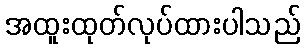
အထူးထုတ်လုပ်ထားပါသည်